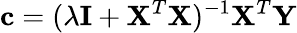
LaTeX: \textbf{c}=(\lambda\textbf{I}+\textbf{X}^{T}\textbf{X})^{-1}\textbf{X}^{T}\textbf{Y}